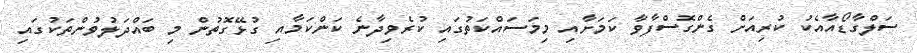
ސަލްގާޑޯއާއެކު ކުރިއަށް ގެންގޮސްފާވާ ކަމަށާއި މިމަސައްކަތުގައި ކުރެވިދާނެ ކަންކަމާއި ގުޅޭގޮތުން މި ބައްދަލުވުންތަކުގައި